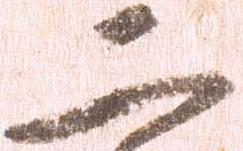
二